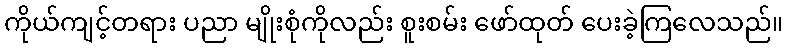
ကိုယ်ကျင့်တရား ပညာ မျိုးစုံကိုလည်း စူးစမ်း ဖော်ထုတ် ပေးခဲ့ကြလေသည်။